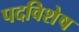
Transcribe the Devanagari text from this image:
पदविशेष